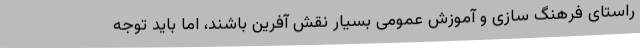
راستای فرهنگ سازی و آموزش عمومی بسیار نقش آفرین باشند، اما باید توجه